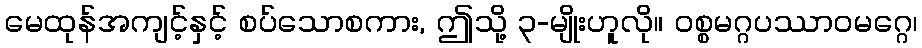
မေထုန်အကျင့်နှင့် စပ်သောစကား, ဤသို့ ၃-မျိုးဟူလို။ ဝစ္စမဂ္ဂပဿာဝမဂ္ဂေ၊